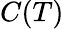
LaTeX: C(T)